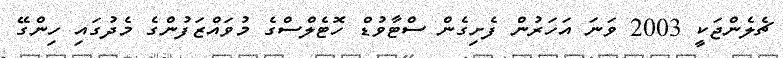
ޗެލެންޖަކީ 2003 ވަނަ އަހަރުން ފެށިގެން ސްޓާވުޑް ހޮޓެލްސްގެ މުވައްޒަފުންގެ މެދުގައި ހިންގޭ